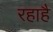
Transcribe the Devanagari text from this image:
रहाहै